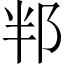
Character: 𮟵